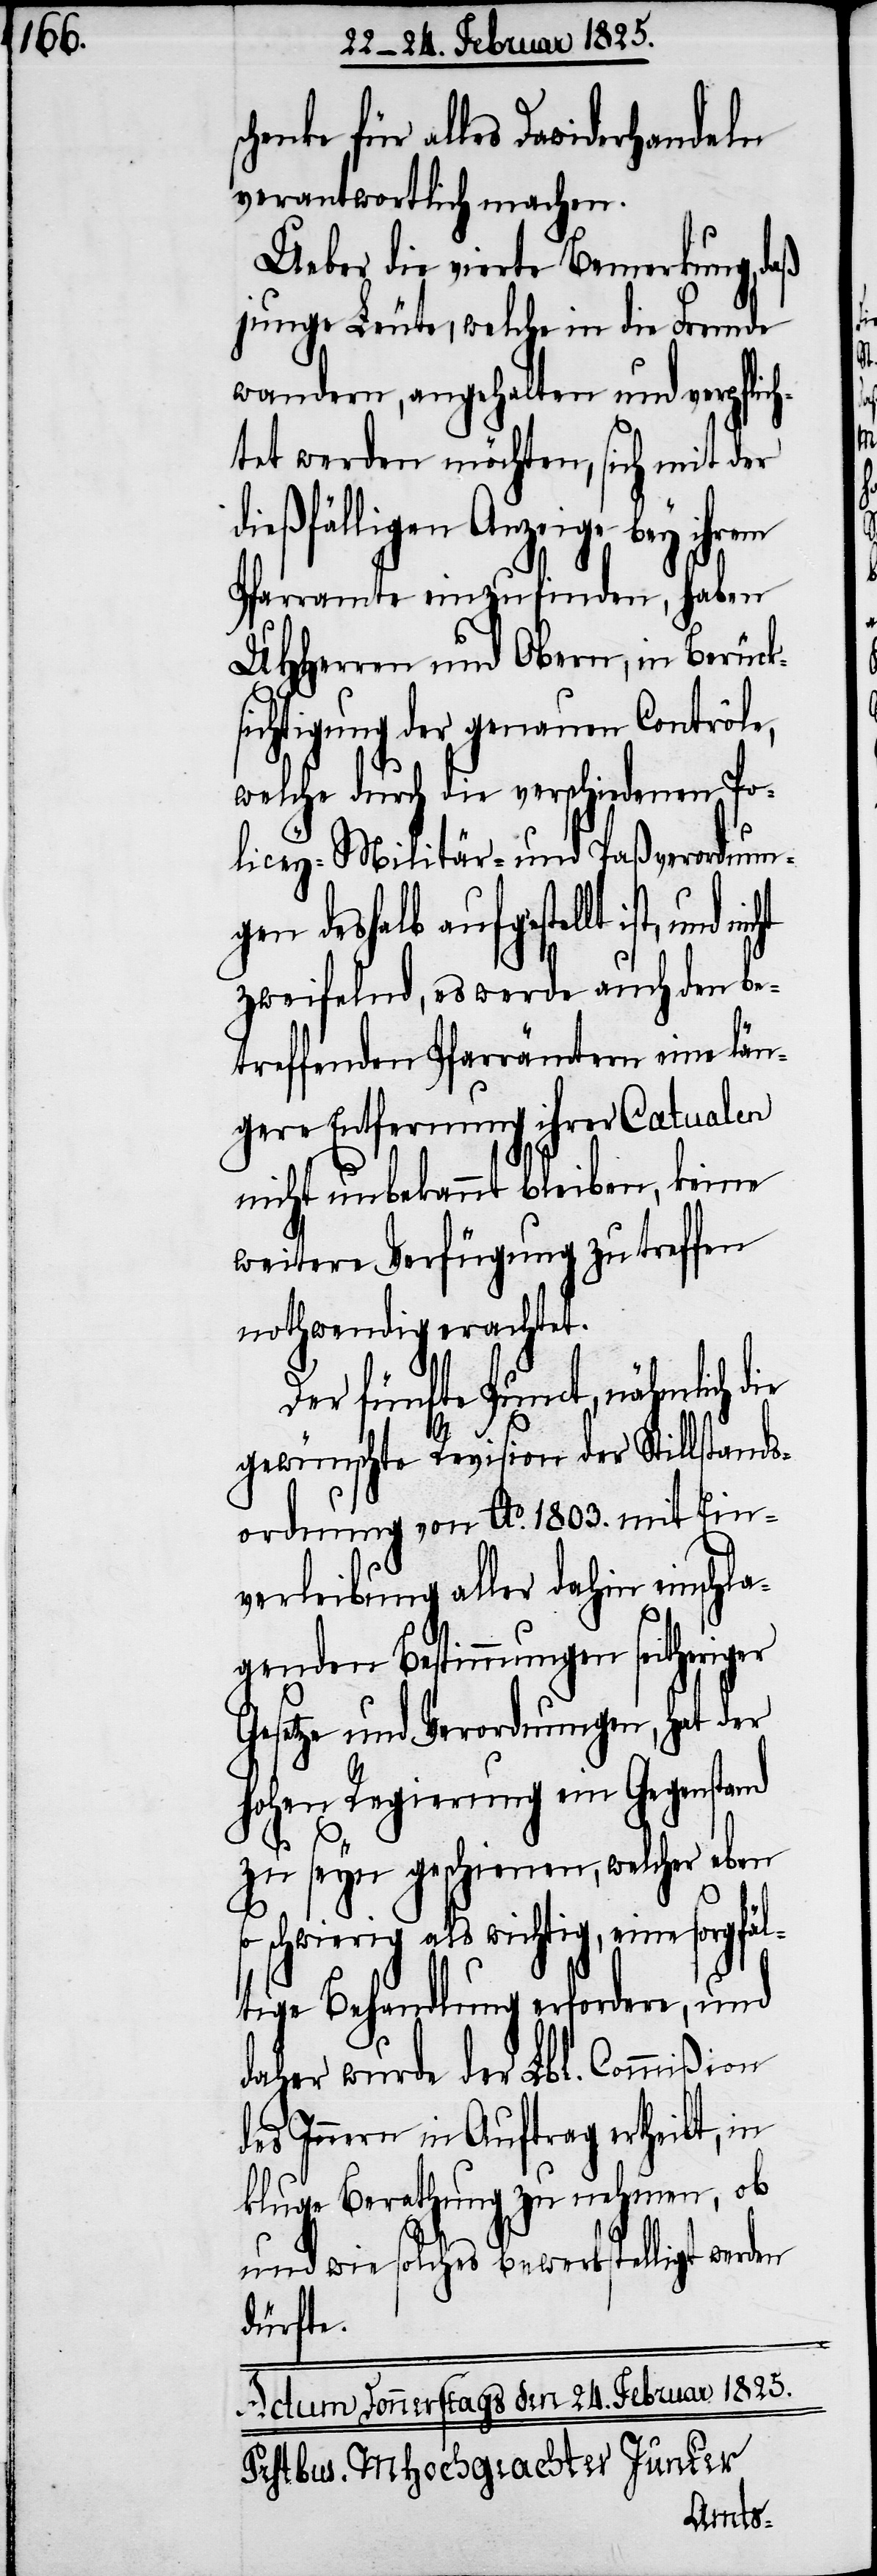
henke für alles Dawiderhandeln
verantwortlich machen.
Ueber die vierte Bemerkung, daß
junge Leute, welche in die Fremde
wandern, angehalten und verpflich¬
tet werden möchten, sich mit der
ießfälligen Anzeige bey ihrem
Pfarramte einzufinden, haben
UHHerren und Obern, in Berück¬
sichtigung der genauen Controle,
welche durch die verschiedenen Po¬
licey- Militär- und Paßverordnung¬
en deshalb aufgestellt ist,
zweifelnd, es werde auch den be¬
treffenden Pfarrämtern eine län¬
gere Entfernung ihrer Catualen
nicht unbekannt bleiben, keine
weitere Verfügung zu treffen
nothwendig erachtet.
Der fünfte Punct, nähmlich die
gewünschte Revision der Stillstands¬
ordnung von Ao. 1803. mit Ein¬
verleibung aller dahin einschla¬
genden Bestimmungen seitheriger
Gesetze und Verordnungen, hat der
hohen Regierung ein Gegenstand
zu seyn geschienen, welcher eben
so schwierig als wichtig, eine sorgfäl¬
tige Behandlung erfordere, und
daher wurde der Lbl. Commißion
des Innern in Auftrag ertheilt, in
kluge Berathung zu nehmen, ob
und wie solches bewerkstelligt werden
dürfte.
d¬